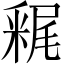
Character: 𲇀